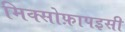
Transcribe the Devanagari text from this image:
मिक्सोफ़ापइसी